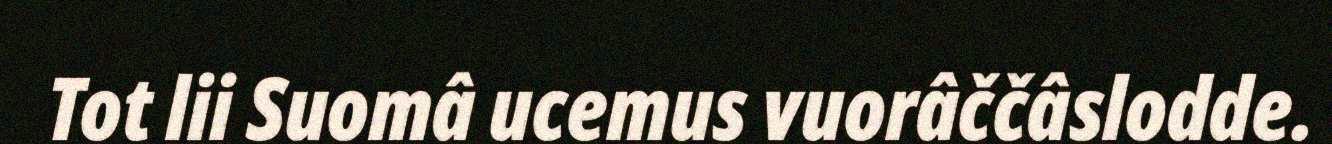
Tot lii Suomâ ucemus vuorâččâslodde.